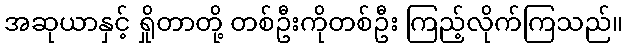
အဆုယာနှင့် ရှိုတာတို့ တစ်ဦးကိုတစ်ဦး ကြည့်လိုက်ကြသည်။